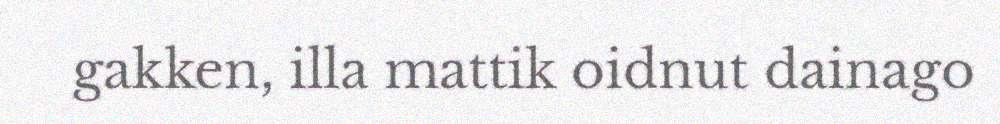
gakken, illa mattik oidnut dainago